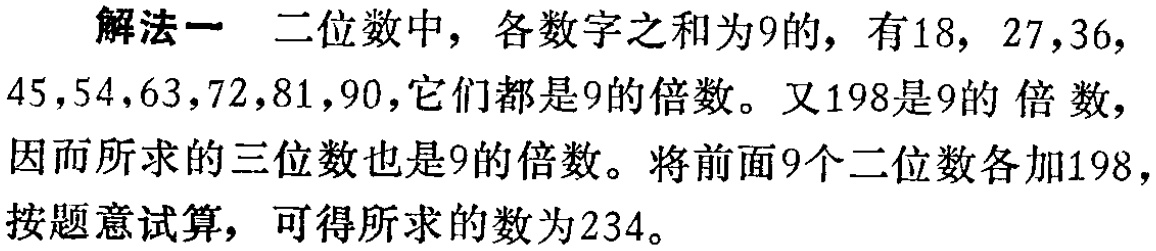
解法一 二位数中，各数字之和为9的，有18, 27,36,

45,54,63,72,81,90,它们都是9的倍数。又198是9的 倍数，

因而所求的三位数也是9的倍数。将前面9个二位数各加198，

按题意试算，可得所求的数为234。